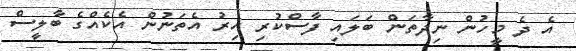
އެ ދެ މީހުން ނިދާތަން ބަލައި ފާސްކުރި އިރު އެތަނުން އެކެއްގެ ބާލީސް